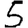
Digit: 5